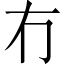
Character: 冇